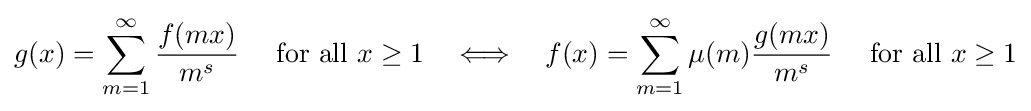
g(x)=\sum _{m=1}^{\infty }{\frac {f(mx)}{m^{s}}}\quad {\mbox{ for all }}x\geq 1\quad \Longleftrightarrow \quad f(x)=\sum _{m=1}^{\infty }\mu (m){\frac {g(mx)}{m^{s}}}\quad {\mbox{ for all }}x\geq 1